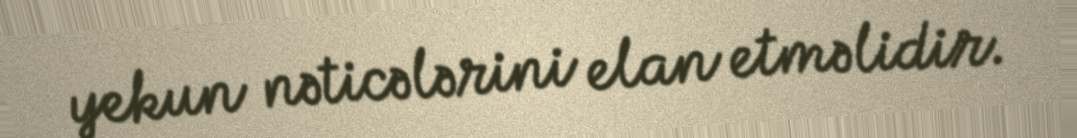
yekun nəticələrini elan etməlidir.